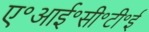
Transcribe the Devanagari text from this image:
ए॰आई॰सी॰टी॰ई